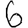
Digit: 6